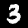
Digit: 3